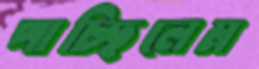
পাচ্ছিলেম